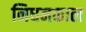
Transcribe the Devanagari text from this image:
निधनकाल